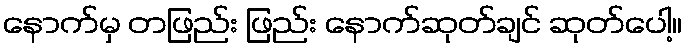
နောက်မှ တဖြည်း ဖြည်း နောက်ဆုတ်ချင် ဆုတ်ပေါ့။